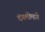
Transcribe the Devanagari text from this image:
दंगलीमागे